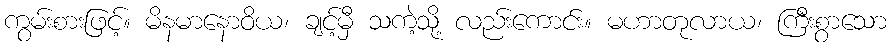
ကွမ်းစားဖြင့်။ မိနမာနောဝိယ၊ ချင့်မှီ သကဲ့သို့ လည်းကောင်း။ မဟာတုလာယ၊ ကြီးစွာသော